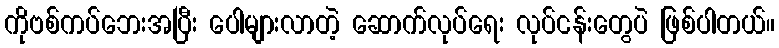
ကိုဗစ်ကပ်ဘေးအပြီး ပေါများလာတဲ့ ဆောက်လုပ်ရေး လုပ်ငန်းတွေပဲ ဖြစ်ပါတယ်။